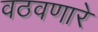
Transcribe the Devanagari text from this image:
वठवणारे